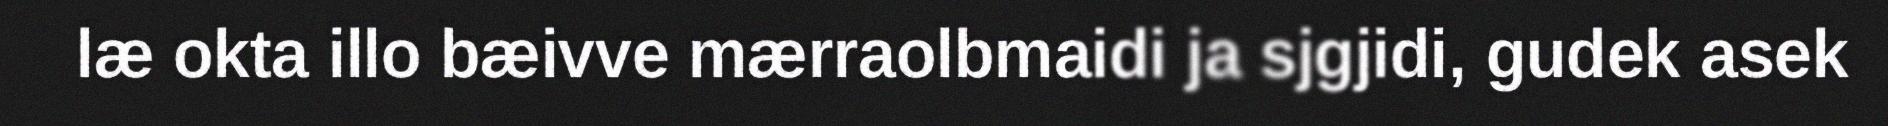
læ okta illo bæivve mærraolbmaidi ja sjgjidi, gudek asek